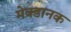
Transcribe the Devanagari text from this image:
मेक्डानक